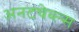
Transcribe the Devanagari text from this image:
अनटचेब्ल्स